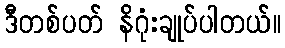
ဒီတစ်ပတ် နိဂုံးချုပ်ပါတယ်။